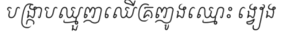
បង្ក្រាបឈ្មួញឈើគ្រញូងឈ្មោះ ង្វៀង